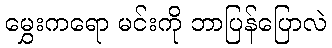
မွှေးကရော မင်းကို ဘာပြန်ပြောလဲ